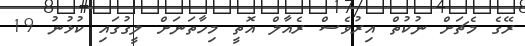
ރޭގެ މެޗަށް ނުކުތް އިރުވެސް ރެއާލް އޮތީ މިހާތަނަށް ލީގުގައި ކުޅުނު 19